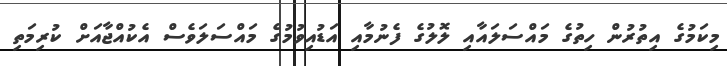
މިކަމުގެ އިތުރުން ހިތުގެ މައްސަލައާއި ލޮލުގެ ފެނުމާއި އަޑުއިވުމުގެ މައްސަލަވެސް އެކުއްޖާއަށް ކުރިމަތި